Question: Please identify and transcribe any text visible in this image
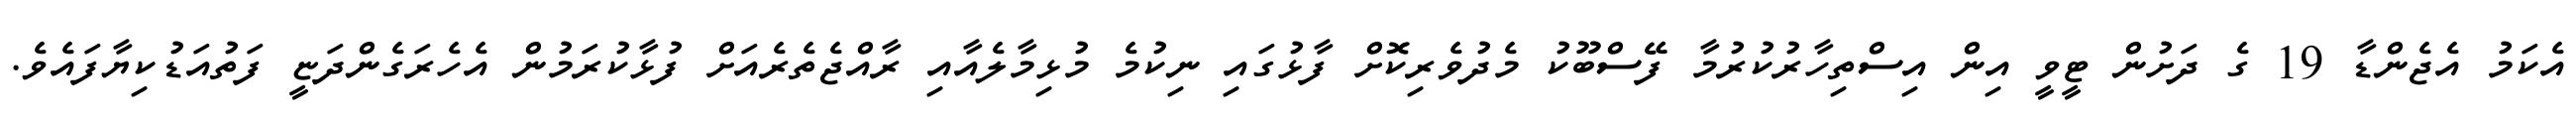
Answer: އެކަމު އެޖެންޑާ 19 ގެ ދަށުން ޓީވީ އިން އިސްތިހާރުކުރުމާ ފޭސްބޫކު މެދުވެރިކޮށް ފާޅުގައި ނިކުމެ މުޅިމާލެއާއި ރާއްޖެތެރެއަށް ފުޅާކުރަމުން އެހެރަގެންދަޏީ ފަތުއަޑުކިޔާފައެވެ.